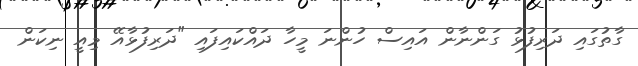
ގާތުގައި ދަރިފުޅު ގަންނާން އައިސް ހުންނަ މީހާ ދައްކައިފައި "ދަރިފުޅާއޭ މިއީ ނިކަން